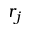
r _ { j }